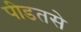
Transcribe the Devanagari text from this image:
पीडतसे